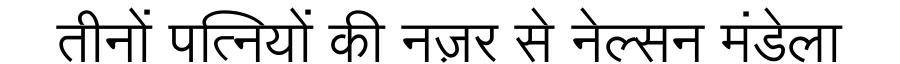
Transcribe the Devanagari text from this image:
तीनों पत्नियों की नज़र से नेल्सन मंडेला